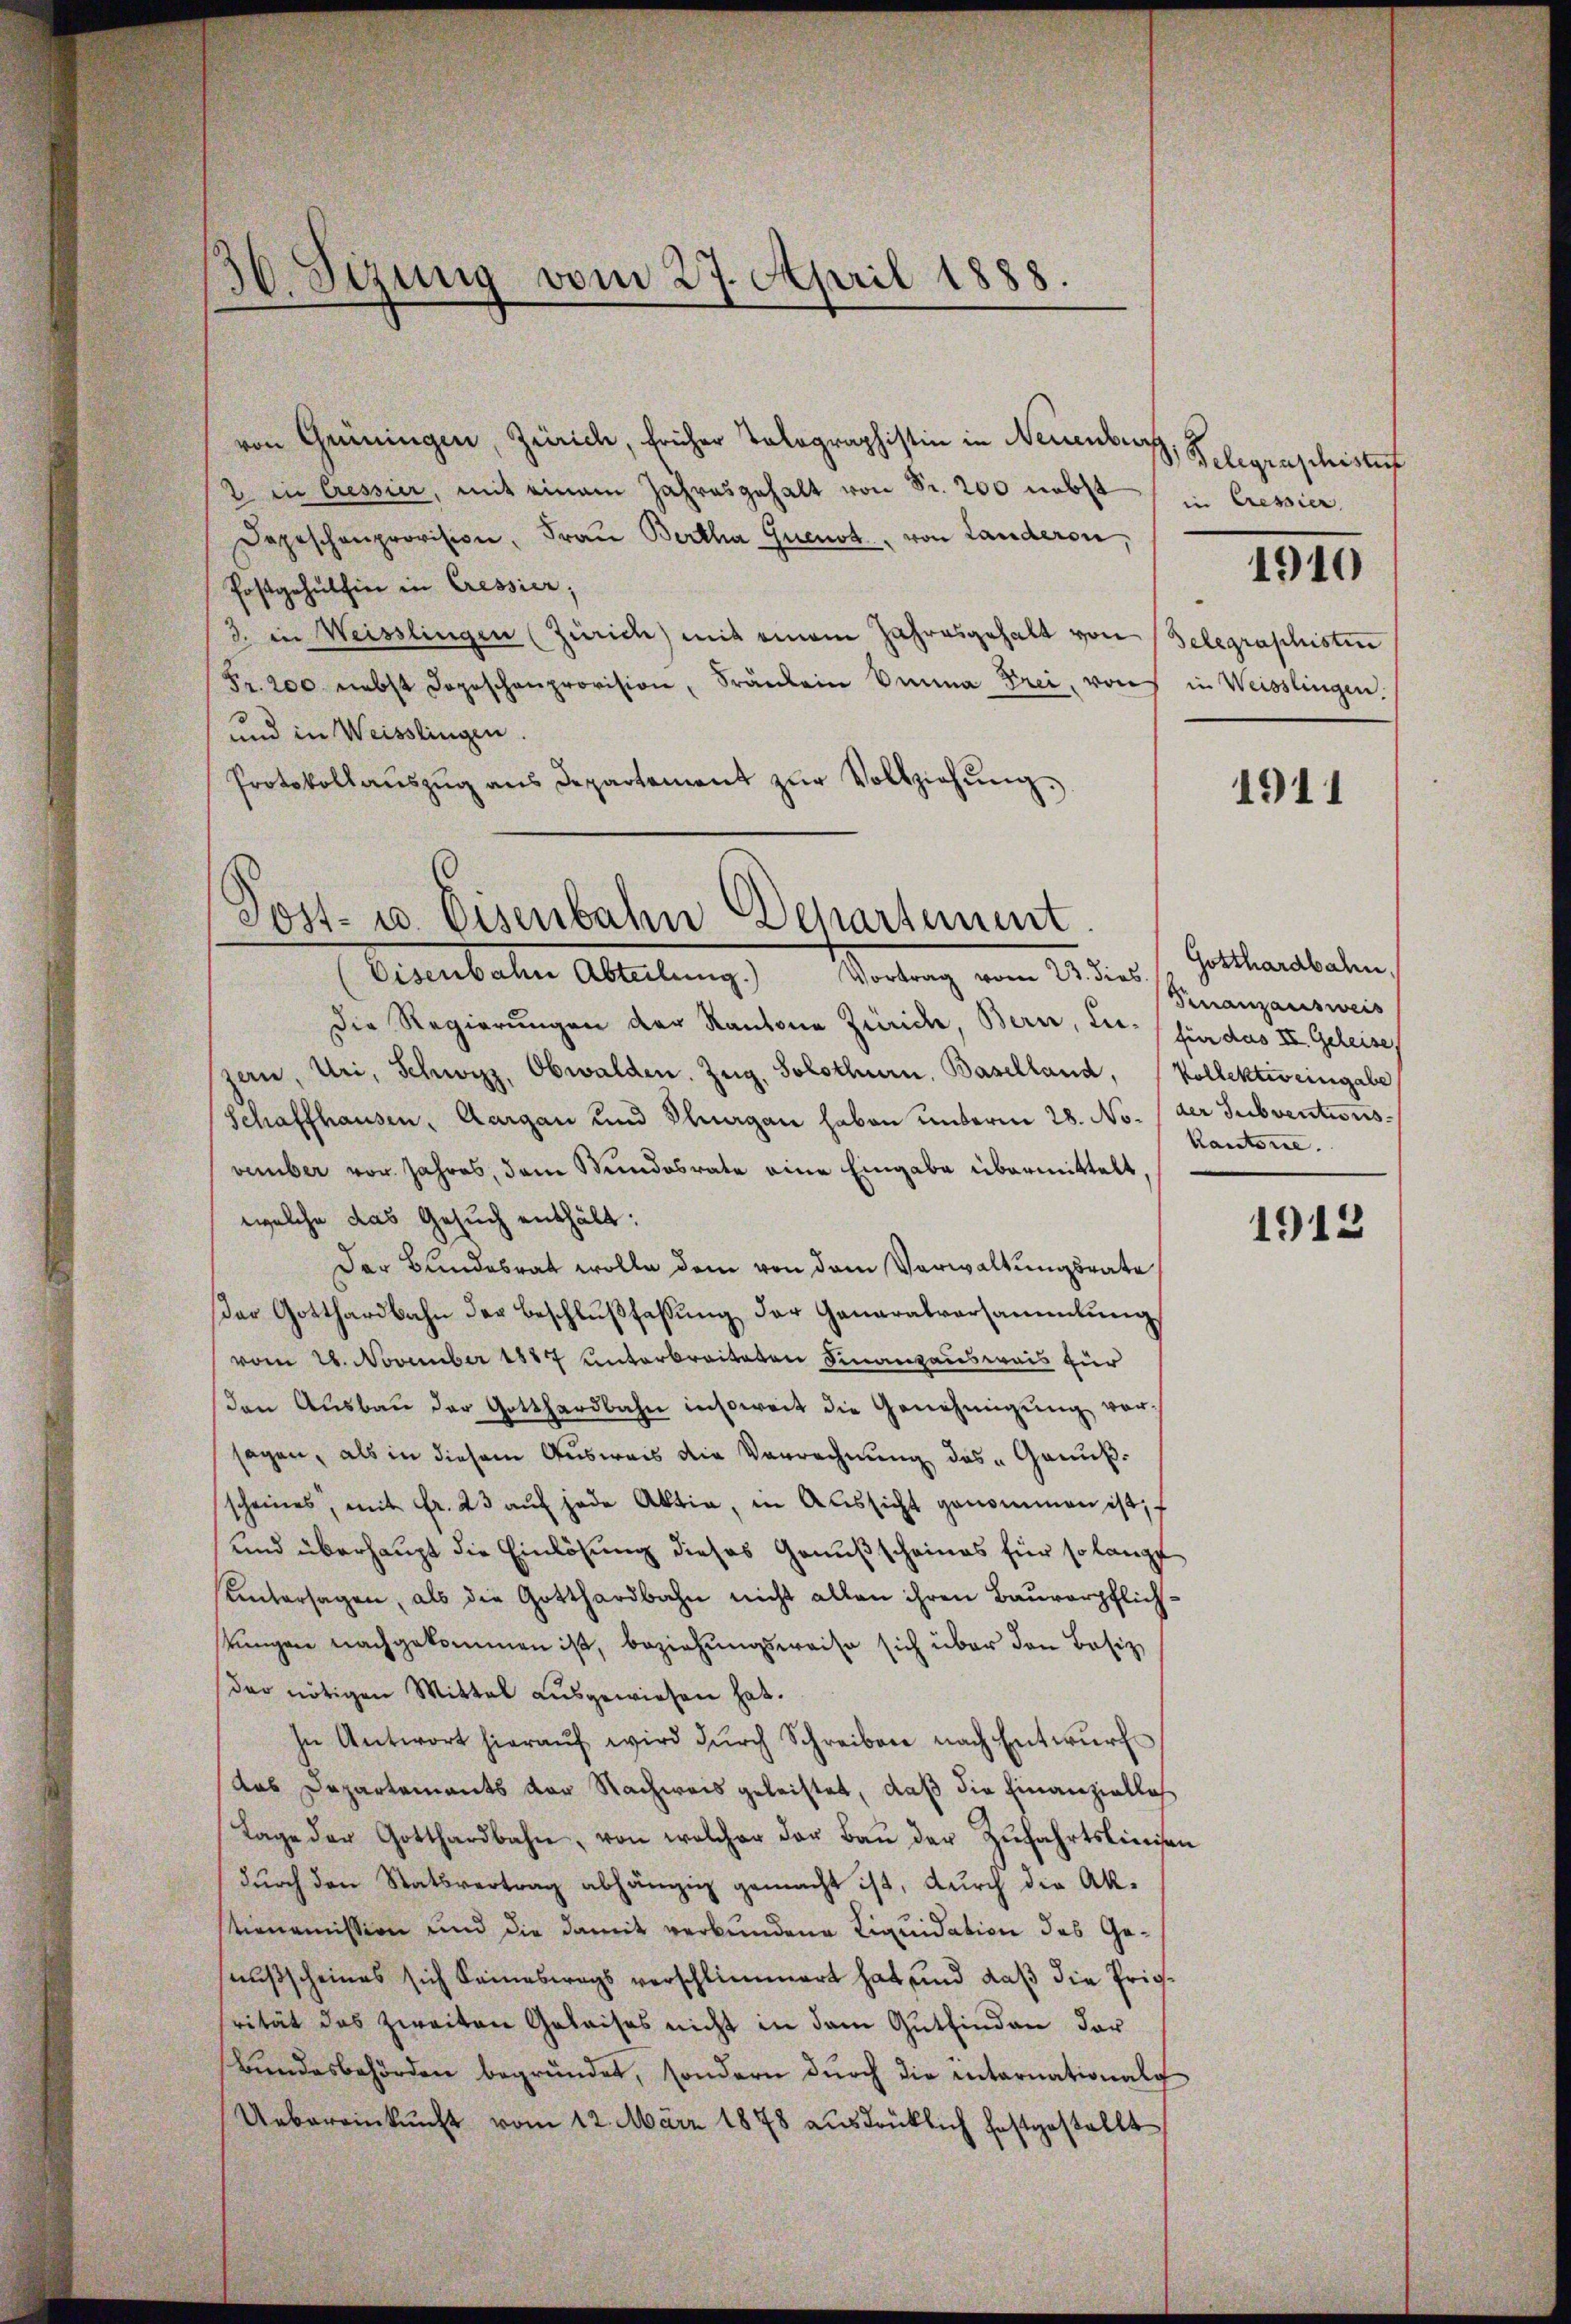
30. Sizung vom 27. April 1888.

von Grüningen, Zürich, früher Tolographistin in Neuenburg
2 in Cressier, mit einem Jahresgehalt von Sr. 200 nebst
Depeschenprovision, Frau Bertha Quenst, von Landeren,
Postgehülhier in Cressier;
3. in Weisslingen (Zürich) mit einem Jahresgehalt von Gelegraphistin
Fr. 200 nebst dopeschenprovision, Fränkein Sina Frei, von in Weisslingen.
und in Weisslingen.
Protokollaŭszŭg ans Departement zŭr Vollziehŭng.

Post- u. Eisenbahn Departement.

Eisenbahn Abteilung.) Vortrag vom 23. dies
Die Regierungen der Kantone Zürich, Bern, der für das III. Geleise,
zern, Uri, Schwyz, Obwalden. Zug, Solothurn, Baselland, Kollektiveingabe
Schaffhausen, Aargau und Thurgau haben unterm 28. No. der Subventionsvember vor. Jahres, dem Stundesrate eine Eingabe übermittelt.
welche das Gesuch enthält:
Der Bundesrat wolle dem von dem Verwaltungsrate
Der Gotthardbahn der Beschlußfassung der Generalversammlung
vom 26. November 1887 unterbreiteten Finanzausweis für
den Aŭsbaŭ der Gotthardbahn insoweit die Genehmigŭng vorsagen, als in diesem Ausweis die Verrechnung des „Ganußscheines, mit fr. 23 aŭf jede Aktia, in Aussicht genommen ist,
und überhaupt die Einlösung dieses Genußscheines für so langt
untersagen, als die Gotthardbahn nicht allen ihren Baurerpflichtŭngen nachgekommen ist, beziehŭngsweise sich über den Besiz
der nötigen Mittal ausgewiesen hat.
In Antwort hieraŭf wird dŭrch Schreiben nach Entwŭrf
das Departements der Nachweis geleistet, daß die Finanzielles
Lage der Gotthardbahn, von welcher der Bau der Zufahrtslinien
durch den Statsvertrag abhängig gemacht ist, durch die Akstienomission und die damit verbundene Liquidation des Geausscheines sich keineswegs verschlimmert hat und daß die Frierität das zweiten Geleises nicht in dem Gutfinden dar
Bŭndesbehörden begründet, sondern dŭrch die internationalg
Uebereinkunft vom 12. März 1878 aŭsdrücklich festgestellt

Belegraphistet
in Cressier

1910

1911

Gotthardbahn.
Finanzausweis
Kantone.

1912